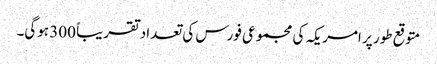
متوقع طور پر امریکہ کی مجموعی فورس کی تعداد تقریباً 300 ہوگی۔